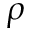
\rho